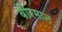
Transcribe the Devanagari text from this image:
वीरमान